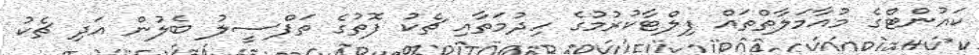
ކައުންޓްގެ މުއާމަލާތްތައް ފިލްޓާކުރުމުގެ ހިދުމަތާއި ޗެކު ފޮތުގެ ތަފްސީލު ބެލުން އަދި ޗެކު